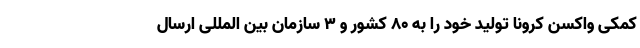
کمکی واکسن کرونا تولید خود را به ۸۰ کشور و ۳ سازمان بین المللی ارسال